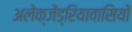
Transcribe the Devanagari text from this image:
अलेक्जेंड्रियावासियों